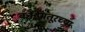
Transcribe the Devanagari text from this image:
कोईमतूरच्या